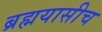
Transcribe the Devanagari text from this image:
ब्रह्मयासीच